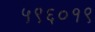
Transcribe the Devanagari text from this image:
५९६०१९